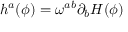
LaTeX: h ^ { a } ( \phi ) = \omega ^ { a b } \partial _ { b } H ( \phi )